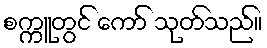
စက္ကူတွင် ကော် သုတ်သည်။